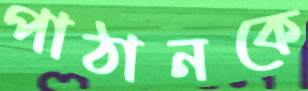
পাঠানকে